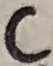
Text: C